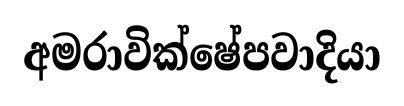
අමරාවික්ෂේපවාදියා